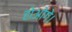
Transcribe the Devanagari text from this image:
होओगे।